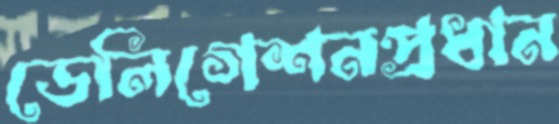
ডেলিগেশনপ্রধান